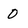
Character: 0